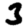
Digit: 3